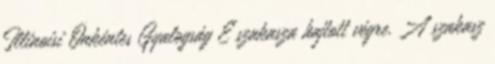
Illinoisi Önkéntes Gyalogság E szakasza hajtott végre. A szakasz